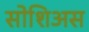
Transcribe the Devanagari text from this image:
सोशिअस